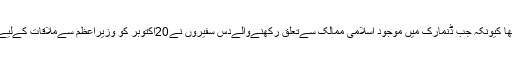
یہ اندازہ ڈنمارک کےوزیراعظم کو بھی نہیں تھا کیونکہ جب ڈنمارک میں موجود اسلامی ممالک سےتعلق رکھنےوالےدس سفیروں نے20اکتوبر کو وزیراعظم سےملاقات کےلیےوقت مانگا تو انہوں نےملنےسےانکار کر دیا۔